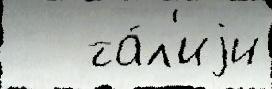
   та́л'иjи